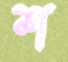
শ